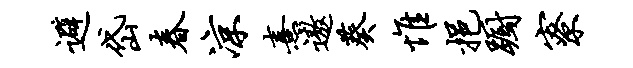
避岱春凉熹遨葵惟挹蹰寮